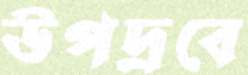
উপদ্রবে